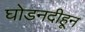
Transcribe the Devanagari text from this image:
घोडनदीहून